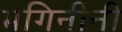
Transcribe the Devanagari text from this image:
भगिनींनी